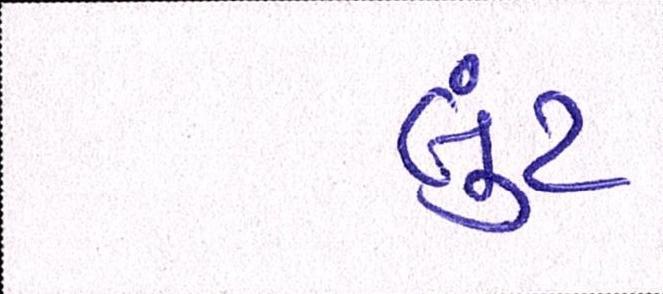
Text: લુંટ